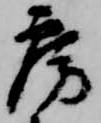
房